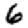
Digit: 6